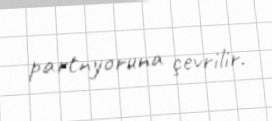
partnyoruna çevrilir.